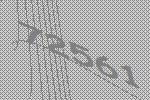
72561